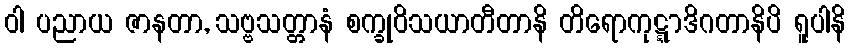
ဝါ ပညာယ ဇာနတာ, သဗ္ဗသတ္တာနံ စက္ခုဝိသယာတီတာနိ တိရောကုဋ္ဋာဒိဂတာနိပိ ရူပါနိ